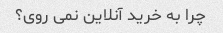
چرا به خرید آنلاین نمی روی؟